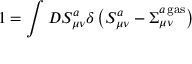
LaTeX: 1 = \int D S _ { \mu \nu } ^ { a } \delta \left( S _ { \mu \nu } ^ { a } - \Sigma _ { \mu \nu } ^ { a { \, } \mathrm { g a s } } \right)